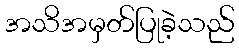
အသိအမှတ်ပြုခဲ့သည်